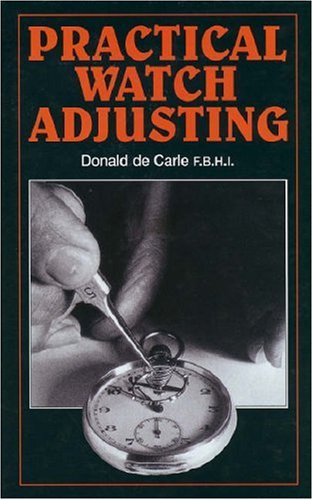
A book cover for Practical Watch Adjusting; Donald de Carle; Crafts, Hobbies & Home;